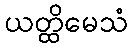
ယတ္ထိမေသံ